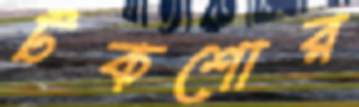
টকশোর